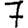
Digit: 7